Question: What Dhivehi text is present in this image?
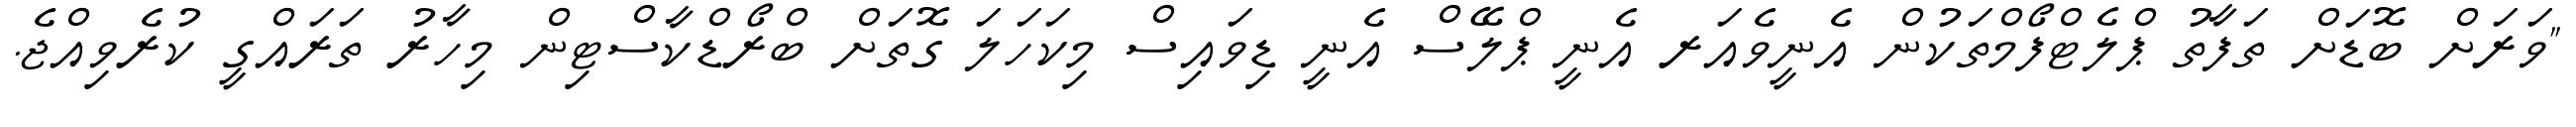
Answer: "ވަރަށް ބޮޑަށް ތަފާތު ޕްލެޓްފޯމްތަކުން އެނީވެއަރ އެނީ ޕްލޭސް އެނީ ޑިވައިސް މިކަހަލަ ގޮތަށް ބްރޯޑްކާސްޓިން މިހާރު ތަރައްގީ ކުރެވިއްޖެ.